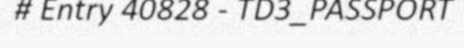
# Entry 40828 - TD3_PASSPORT